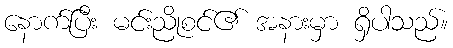
နောက်ပြီး မင်းညိုစင်၏ အနားမှာ ရှိပါသည်။